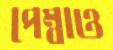
পেম্বাও